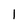
Character: 1